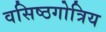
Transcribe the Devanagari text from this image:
वसिष्ठगोत्रिय